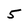
Character: 5